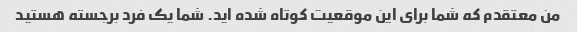
من معتقدم که شما برای این موقعیت کوتاه شده اید. شما یک فرد برجسته هستید